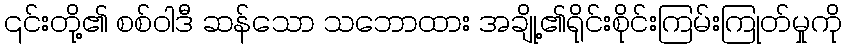
၎င်းတို့၏ စစ်ဝါဒီ ဆန်သော သဘောထား အချို့၏ရိုင်းစိုင်းကြမ်းကြုတ်မှုကို